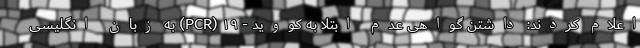
اعلام کردند: داشتن گواهی عدم ابتلا به کووید - ۱۹ (PCR) به زبان انگلیسی